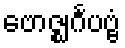
ဗောဇ္ဈင်္ဂပဗ္ဗံ